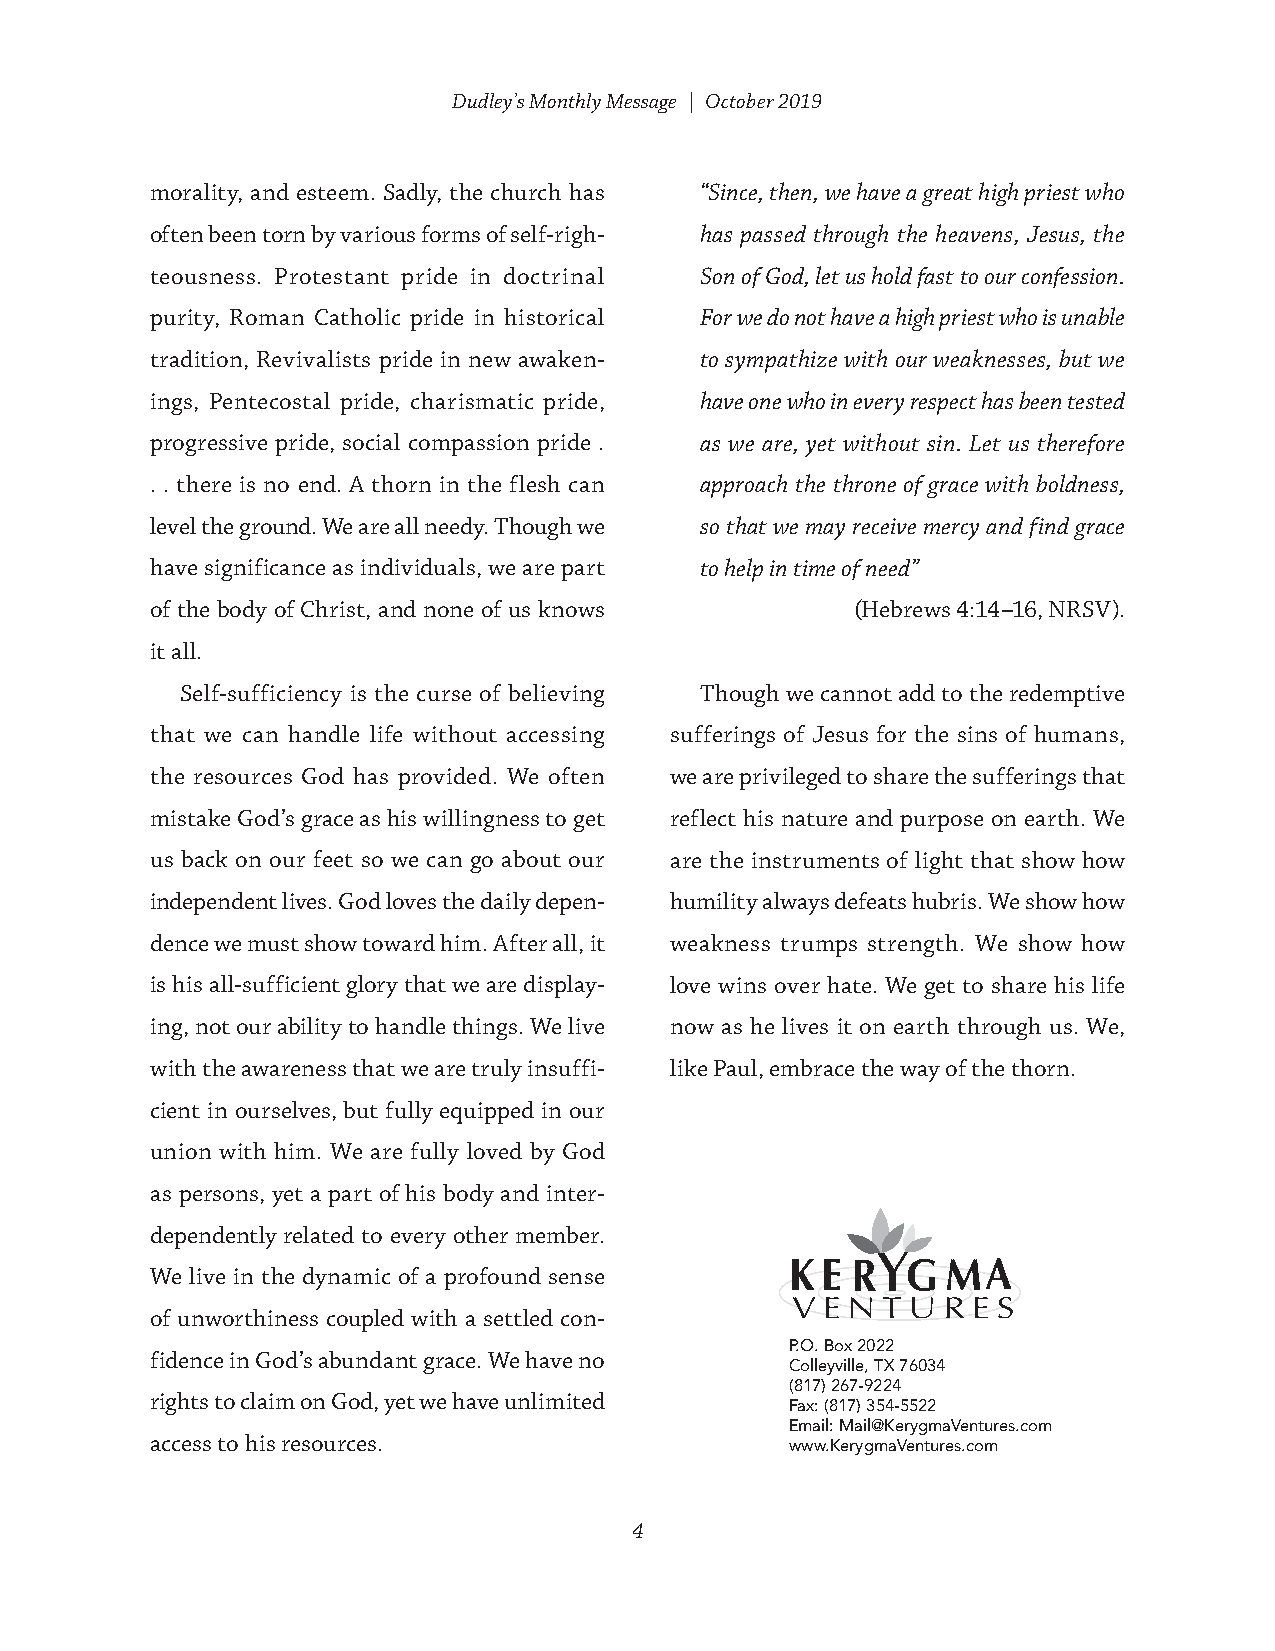
Dudley’s Monthly Message | October 2019
 morality, and esteem. Sadly, the church has “Since, then, we have a great high priest who
 often been torn by various forms of self-righ- has passed through the heavens, Jesus, the
 teousness. Protestant pride in doctrinal Son of God, let us hold fast to our confession.
 purity, Roman Catholic pride in historical For we do not have a high priest who is unable
 tradition, Revivalists pride in new awaken- to sympathize with our weaknesses, but we
 ings, Pentecostal pride, charismatic pride, have one who in every respect has been tested
 progressive pride, social compassion pride . as we are, yet without sin. Let us therefore
 . . there is no end. A thorn in the flesh can approach the throne of grace with boldness,
 level the ground. We are all needy. Though we so that we may receive mercy and find grace
 have significance as individuals, we are part to help in time of need”
 of the body of Christ, and none of us knows    (Hebrews 4:14–16, NRSV).
 it all.
 Self-sufficiency is the curse of believing Though we cannot add to the redemptive
 that we can handle life without accessing sufferings of Jesus for the sins of humans,
 the resources God has provided. We often we are privileged to share the sufferings that
 mistake God’s grace as his willingness to get reflect his nature and purpose on earth. We
 us back on our feet so we can go about our are the instruments of light that show how
 independent lives. God loves the daily depen- humility always defeats hubris. We show how
 dence we must show toward him. After all, it weakness trumps strength. We show how
 is his all-sufficient glory that we are display- love wins over hate. We get to share his life
 ing, not our ability to handle things. We live now as he lives it on earth through us. We,
 with the awareness that we are truly insuffi- like Paul, embrace the way of the thorn.
 cient in ourselves, but fully equipped in our
 union with him. We are fully loved by God
 as persons, yet a part of his body and inter-
 dependently related to every other member.
 We live in the dynamic of a profound sense
 of unworthiness coupled with a settled con-
 P.O. Box 2022
 fidence in God’s abundant grace. We have no
 Colleyville, TX 76034
 (817) 267-9224
 rights to claim on God, yet we have unlimited
 Fax: (817) 354-5522
 Email: Mail@KerygmaVentures.com
 access to his resources.                  www.KerygmaVentures.com
 4